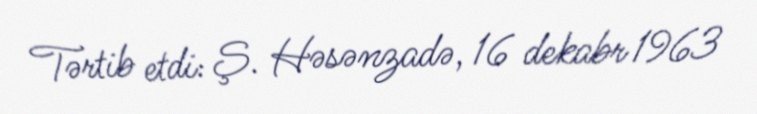
Tərtib etdi: Ş. Həsənzadə, 16 dekabr 1963